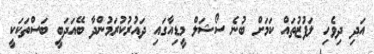
އަދި ދިވެހި ލަފުޒުތައް ކަމަށް ބުނެ ސޯޝަލް މީޑިއާގައި ދައުރުކުރަމުންދާ ބޭއަދަބީ ބަސްތަކަކީ